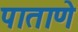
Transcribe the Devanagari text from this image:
पाताणे